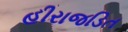
હીરાજડિત